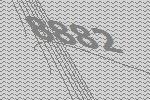
8882